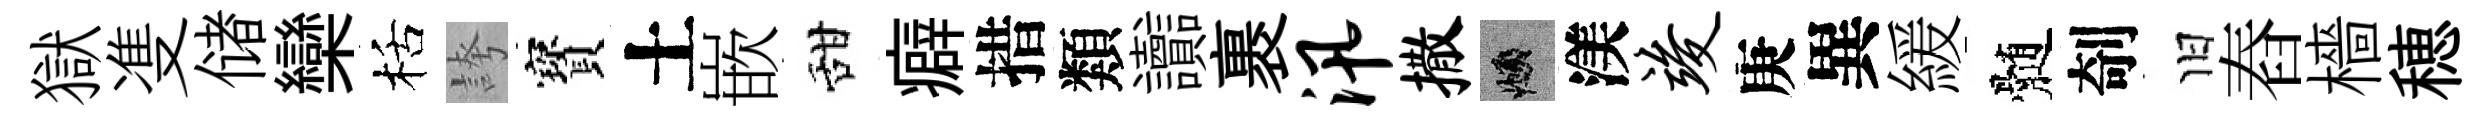
獄㕠储欒栝誇寳土嵌甜癖措類讟裹汛撒頫渼竣庚異緩髄剞旧舂檣穂